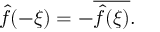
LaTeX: { \hat { f } } ( - \xi ) = - { \overline { { { \hat { f } } ( \xi ) } } } .